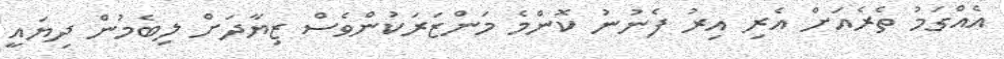
އެއްގަމު ތެރެއަށް އެރި އިރު ފެނުނު ކޮންމެ މަންޒަރަކުންވެސް ޒިޔާދަށް ލިބެމުން ދިޔައީ